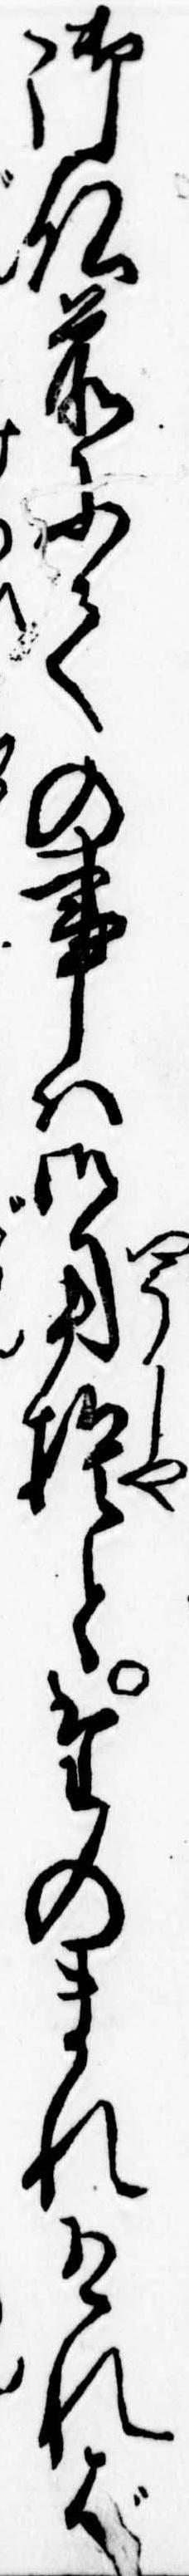
御仏前にての事は御用捨とたのまれければ